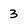
Character: 3